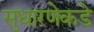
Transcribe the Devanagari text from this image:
सुधारणेकडे